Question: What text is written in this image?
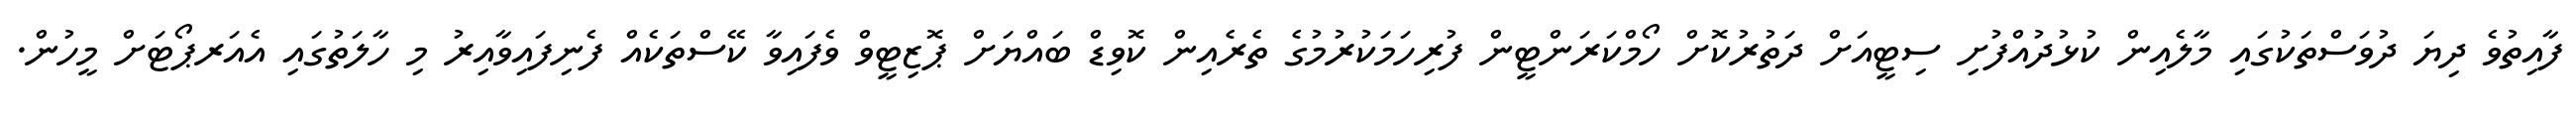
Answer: ފާއިތުވެ ދިޔަ ދުވަސްތަކުގައި މާލެއިން ކުޅުދުއްފުށި ސިޓީއަށް ދަތުރުކޮށް ހޯމްކަރަންޓީން ފުރިހަމަކުރުމުގެ ތެރެއިން ކޮވިޑް ބައްޔަށް ޕޮޒިޓީވް ވެފައިވާ ކޭސްތަކެއް ފެނިފައިވާއިރު މި ހާލަތުގައި އެއަރޕޯޓަށް މީހުން.